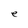
Character: e